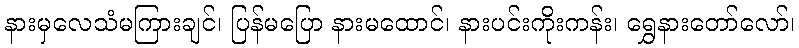
နားမှလေသံမကြားချင်၊ ပြန်မပြော နားမထောင်၊ နားပင်းကိုးကန်း၊ ရွှေနားတော်လော်၊